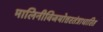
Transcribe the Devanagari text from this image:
मालिनीविजयोत्तरतंत्राधारित